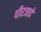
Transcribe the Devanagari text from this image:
पीरजादे